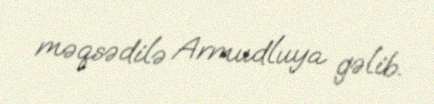
məqsədilə Armudluya gəlib.